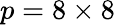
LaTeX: p=8\times 8